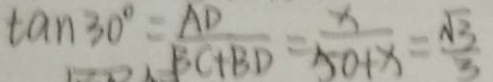
\tan 3 0 ^ { \circ } = \frac { A D } { B C + B D } = \frac { x } { 5 0 + x } = \frac { \sqrt { 3 } } { 3 }